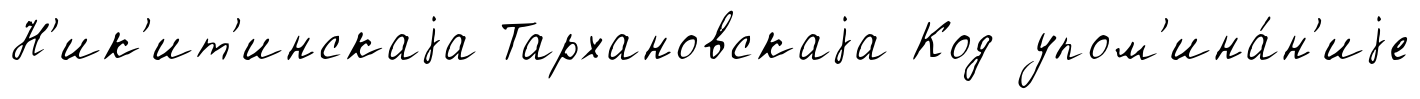
Н'ик'ит'инскаjа Тархановскаjа Код упом'ина́н'иjе